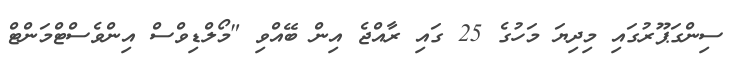
ސިންގަޕޫރުގައި މިދިޔަ މަހުގެ 25 ގައި ރާއްޖެ އިން ބޭއްވި "މޯލްޑިވްސް އިންވެސްޓްމަންޓް